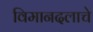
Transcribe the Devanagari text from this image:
विमानदलाचे